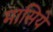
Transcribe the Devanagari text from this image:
मासिये